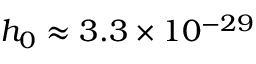
h _ { 0 } \approx 3 . 3 \times 1 0 ^ { - 2 9 }